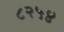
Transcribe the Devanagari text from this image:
८२५४